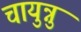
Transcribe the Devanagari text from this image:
चायुन्नु